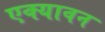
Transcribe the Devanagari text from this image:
एक्यावन